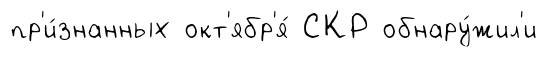
пр'и́знанных окт'ябр'я́ СКР обнару́жил'и